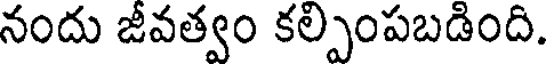
నందు జీవత్వం కల్పింపబడింది.